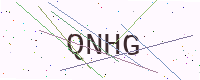
Text: QNHG